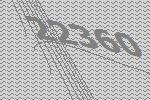
22360